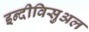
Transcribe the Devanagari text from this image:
इन्दीविसुअल